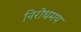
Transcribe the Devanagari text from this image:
निरोधमय